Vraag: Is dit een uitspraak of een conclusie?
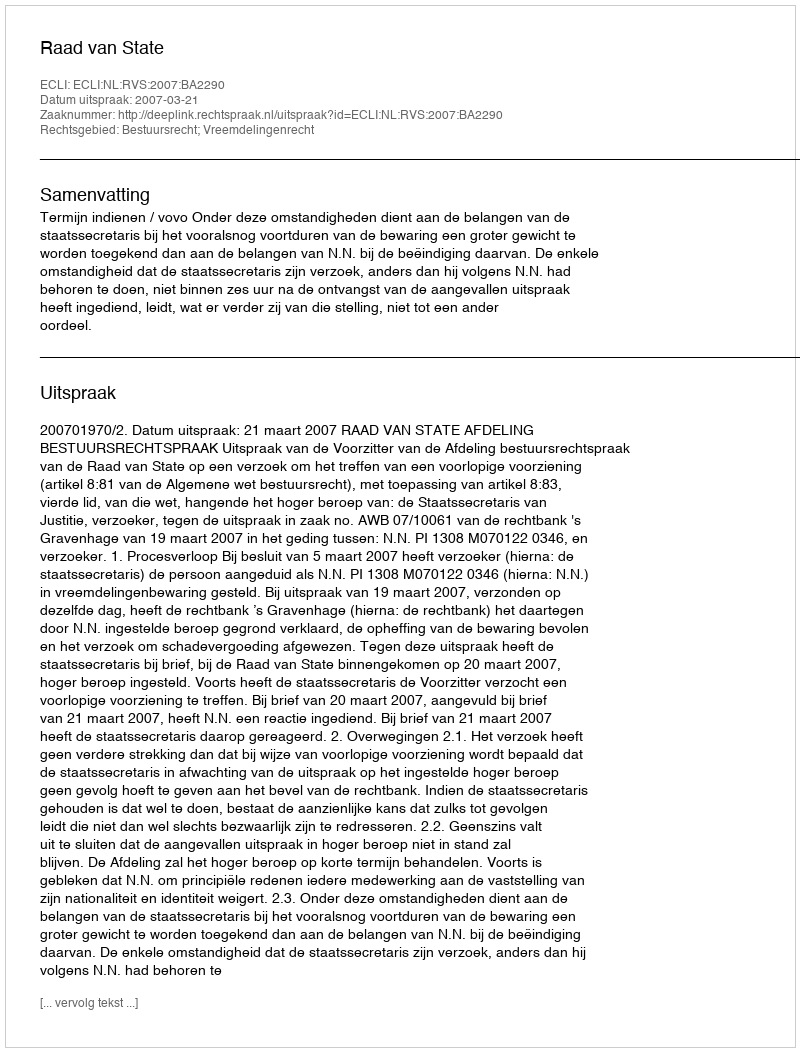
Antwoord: Uitspraak